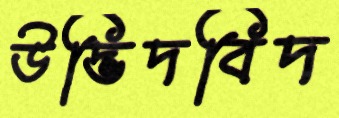
উদ্ভিদবিদ